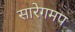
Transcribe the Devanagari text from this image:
सारेगमप